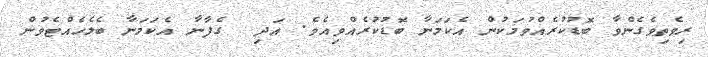
ރިވެތިވެގެންވާ ބޮޑުކުރެއްވުމަކުން އެކަމަނާ ބޮޑުކުރެއްވިއެވެ. އަދި  ގެފާނާ އެކަމަނާ ބެލެހެއްޓެވުން